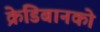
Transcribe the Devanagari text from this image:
क्रेडिबानको